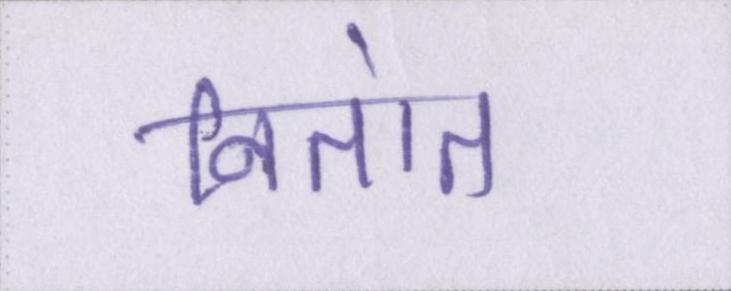
नितांत